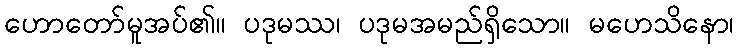
ဟောတော်မူအပ်၏။ ပဒုမဿ၊ ပဒုမအမည်ရှိသော။ မဟေသိနော၊